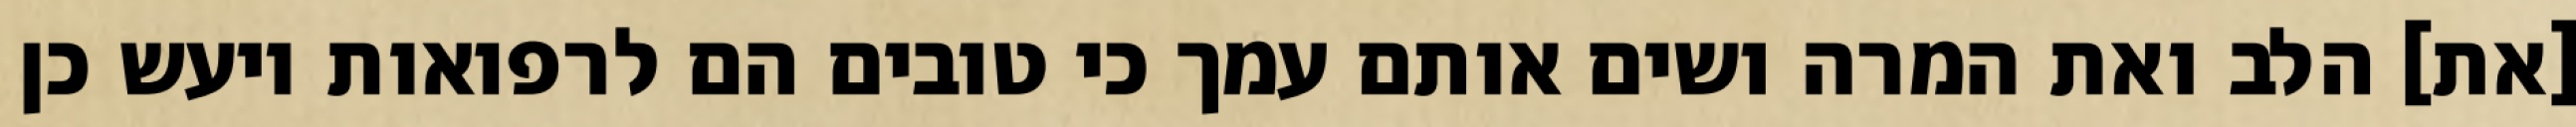
[את] הלב ואת המרה ושים אותם עמך כי טובים הם לרפואות ויעש כן